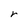
Character: r